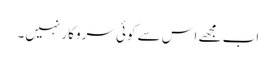
اب مجھے اس سے کوئی سروکار نہیں۔